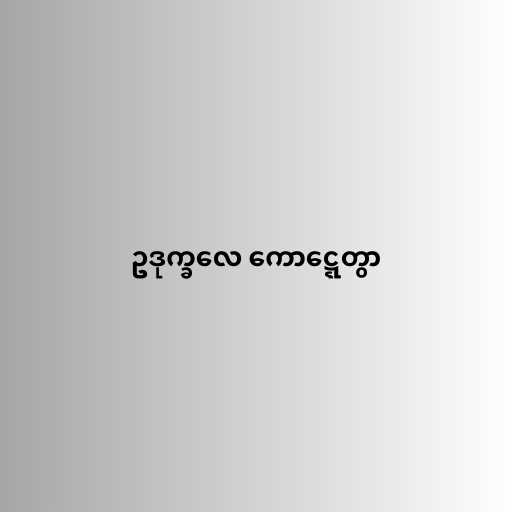
ဥဒုက္ခလေ ကောဋ္ဋေတွာ